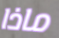
ماذا